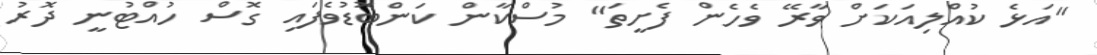
"އަޅެ ކުއްލިއަކަށް ވާރޭ ވެހެން ފެށީތަ" މުސްކާން ކަންބޮޑުވެފައި ގޮސް ހުއްޓުނީ ދޮރު